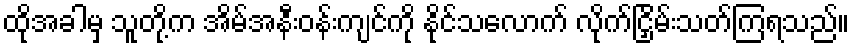
ထိုအခါမှ သူတို့က အိမ်အနီးဝန်းကျင်ကို နိုင်သလောက် လိုက်ငြှိမ်းသတ်ကြရသည်။